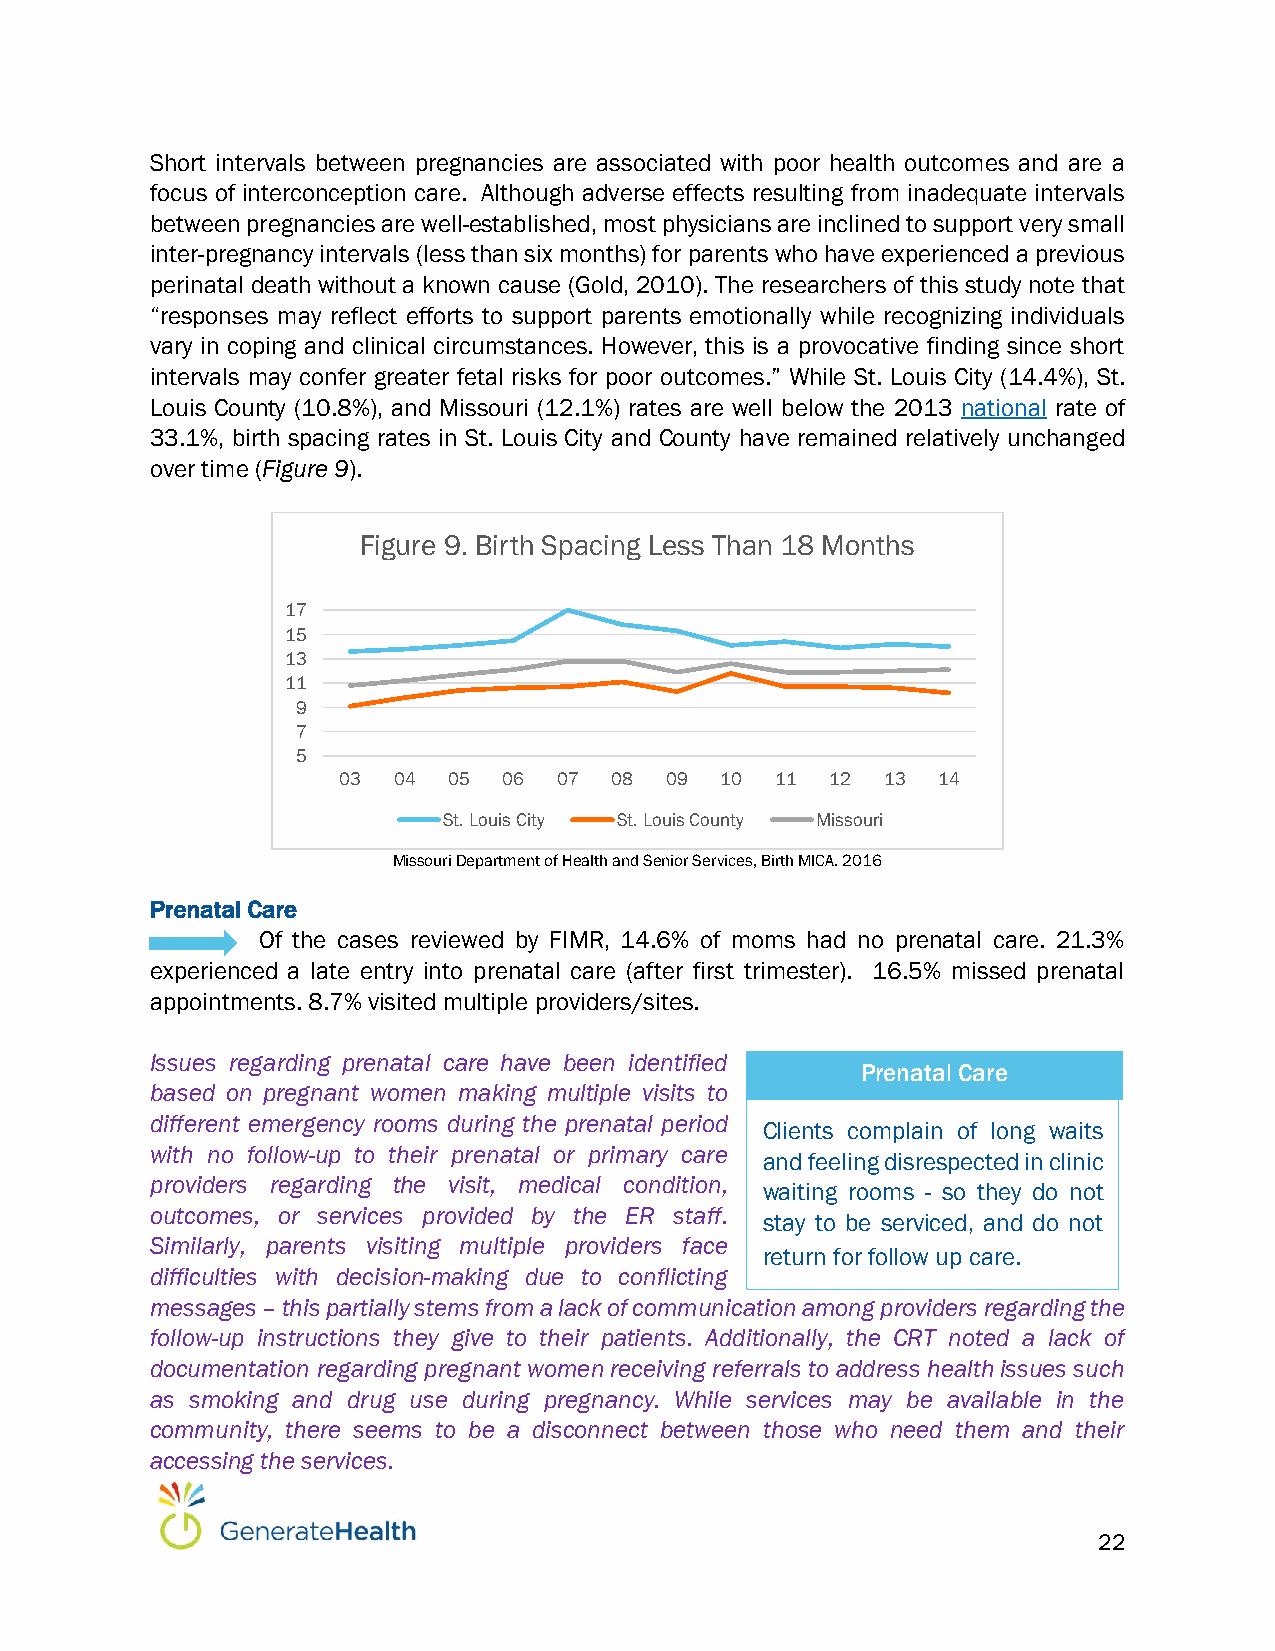
Short intervals between pregnancies are associated with poor health outcomes and are a
 focus of interconception care. Although adverse effects resulting from inadequate intervals
 between pregnancies are well-established, most physicians are inclined to support very small
 inter-pregnancy intervals (less than six months) for parents who have experienced a previous
 perinatal death without a known cause (Gold, 2010). The researchers of this study note that
 “responses may reflect efforts to support parents emotionally while recognizing individuals
 vary in coping and clinical circumstances. However, this is a provocative finding since short
 intervals may confer greater fetal risks for poor outcomes.” While St. Louis City (14.4%), St.
 Louis County (10.8%), and Missouri (12.1%) rates are well below the 2013 national rate of
 33.1%, birth spacing rates in St. Louis City and County have remained relatively unchanged
 over time (Figure 9).
 Figure 9. Birth Spacing Less Than 18 Months
 17
 15
 13
 11
 9
 7
 5
 03  04  05 06  07 08  09  10 11  12 13  14
 St. Louis City St. Louis County Missouri
 Missouri Department of Health and Senior Services, Birth MICA. 2016
 Prenatal Care
 Of the cases reviewed by FIMR, 14.6% of moms had no prenatal care. 21.3%
 experienced a late entry into prenatal care (after first trimester). 16.5% missed prenatal
 appointments. 8.7% visited multiple providers/sites.
 Issues regarding prenatal care have been identified
 Prenatal Care
 based on pregnant women making multiple visits to
 different emergency rooms during the prenatal period
 Clients complain of long waits
 with no follow-up to their prenatal or primary care
 and feeling disrespected in clinic
 providers regarding the visit, medical condition,
 waiting rooms - so they do not
 outcomes, or services provided by the ER staff.
 stay to be serviced, and do not
 Similarly, parents visiting multiple providers face
 return for follow up care.
 difficulties with decision-making due to conflicting
 messages – this partially stems from a lack of communication among providers regarding the
 follow-up instructions they give to their patients. Additionally, the CRT noted a lack of
 documentation regarding pregnant women receiving referrals to address health issues such
 as smoking and drug use during pregnancy. While services may be available in the
 community, there seems to be a disconnect between those who need them and their
 accessing the services.
 22